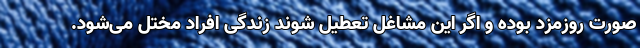
صورت روزمزد بوده و اگر این مشاغل تعطیل شوند زندگی افراد مختل می‌شود.